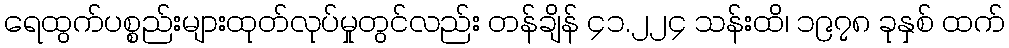
ရေထွက်ပစ္စည်းများထုတ်လုပ်မှုတွင်လည်း တန်ချိန် ၄၁.၂၂၄ သန်းထိ၊ ၁၉၇၈ ခုနှစ် ထက်